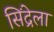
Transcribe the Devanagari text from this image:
सिंद्रेला